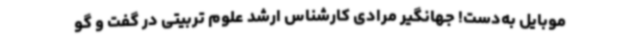
موبایل به‌دست! جهانگیر مرادی کارشناس ارشد علوم تربیتی در گفت و گو